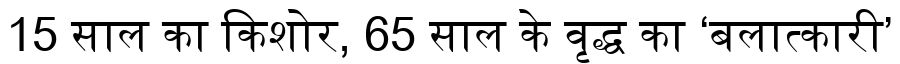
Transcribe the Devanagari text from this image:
15 साल का किशोर, 65 साल के वृद्ध का ‘बलात्कारी’